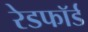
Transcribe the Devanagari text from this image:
रेडफाॅर्ड